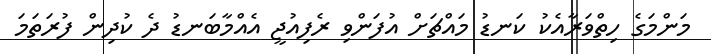
މަންމަގެ ހިތްވަރާއެކު ކަނޑު މައްޗަށް އުފަންވި ރެފިއުޖީ އެއްމާބަނޑު ދެ ކުދިން ފުރަތަމަ